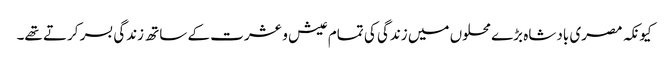
کیونکہ مصری بادشاہ بڑے محلوں میں زندگی کی تمام عیش و عشرت کے ساتھ زندگی بسر کرتے تھے۔